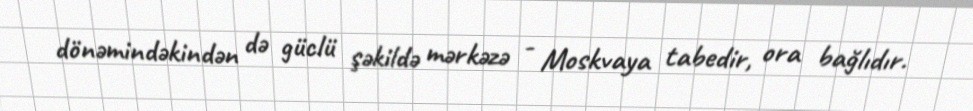
dönəmindəkindən də güclü şəkildə mərkəzə - Moskvaya tabedir, ora bağlıdır.